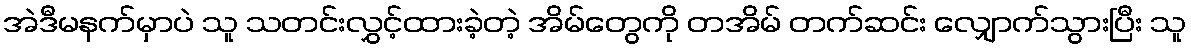
အဲဒီမနက်မှာပဲ သူ သတင်းလွှင့်ထားခဲ့တဲ့ အိမ်တွေကို တအိမ် တက်ဆင်း လျှောက်သွားပြီး သူ